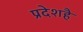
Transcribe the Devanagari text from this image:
प्रदेशहै